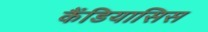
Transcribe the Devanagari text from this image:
कैंडियासिस